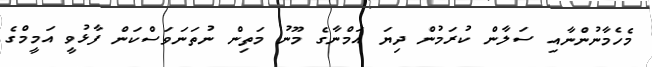
މެހެމާނުންނާއި ސަލާން ކުރަމުން ދިޔަ އަމްނާގެ މޫނު މަތިން ނުތަނަވަސްކަން ފާޅުވީ އަމީމްގެ